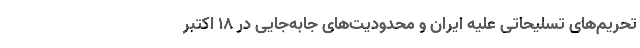
تحریم‌های تسلیحاتی علیه ایران و محدودیت‌های جابه‌جایی در ۱۸ اکتبر